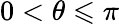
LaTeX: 0<\theta\leqslant\pi